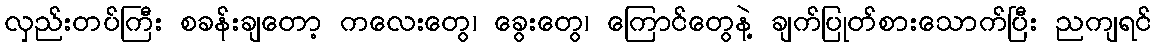
လှည်းတပ်ကြီး စခန်းချတော့ ကလေးတွေ၊ ခွေးတွေ၊ ကြောင်တွေနဲ့ ချက်ပြုတ်စားသောက်ပြီး ညကျရင်